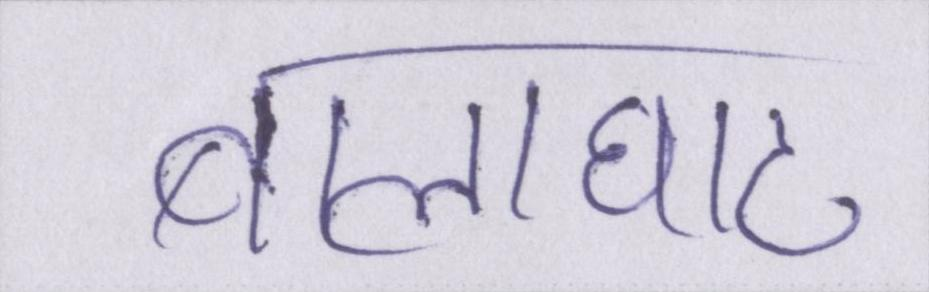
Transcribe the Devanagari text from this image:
बालाघाट